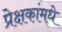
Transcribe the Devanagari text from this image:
प्रेक्षकांमधे